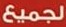
لجميع